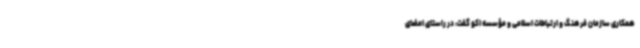
همکاری سازمان فرهنگ و ارتباطات اسلامی و مؤسسه اکو گفت: در راستای امضای